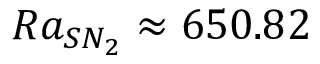
R a _ { S N _ { 2 } } \approx 6 5 0 . 8 2